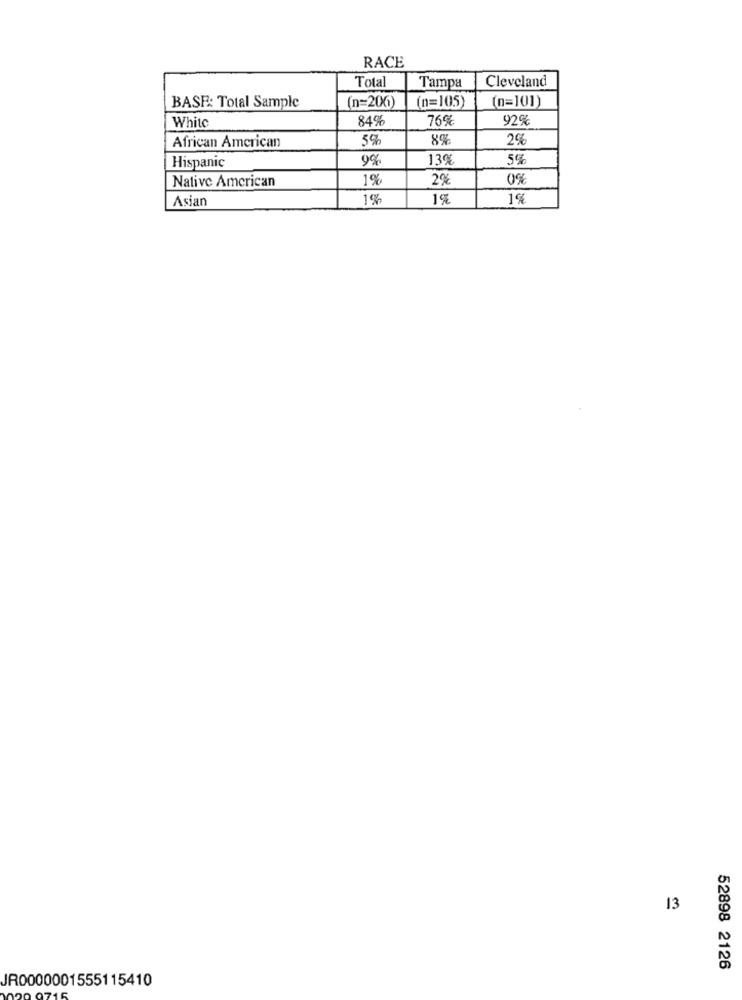
RACE
Cleveland
Total
Tampa
(n=206)
(n=101)
BASE: Total Sample
(n=105)
White
84%
76%
92%
African American
5%
2%
Hispanic
13%
5%
Native American
1%
2%
0%
Asian
1%
1%
1%
13
52898 2126
JR0000001555115410